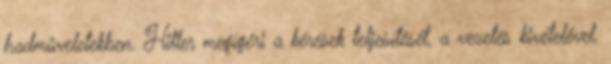
hadmûveletekben. Hitler megígéri a kérések teljesítését, a vezetés kivételével.